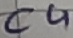
Text: C4